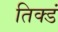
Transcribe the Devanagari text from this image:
तिक्डं